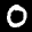
Label: 0